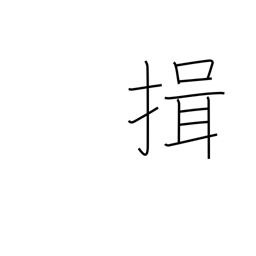
Meaning: bow with arms folded